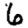
Digit: 6